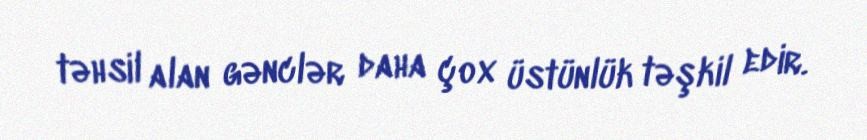
təhsil alan gənclər daha çox üstünlük təşkil edir.